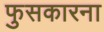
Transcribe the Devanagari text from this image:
फुसकारना